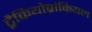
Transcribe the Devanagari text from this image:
ट्रैकियोब्रांकियल